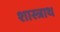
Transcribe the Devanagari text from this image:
शास्त्राथ